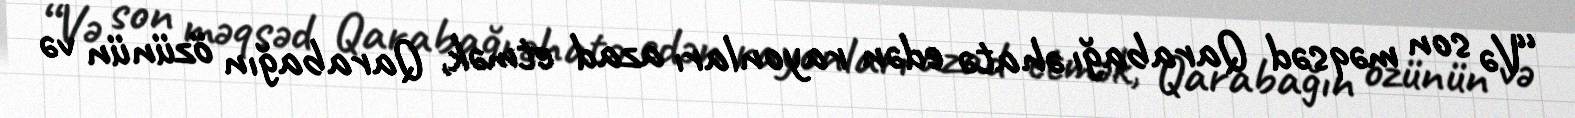
“Və son məqsəd Qarabağı əhatə edən rayonları azad etmək, Qarabağın özünün və